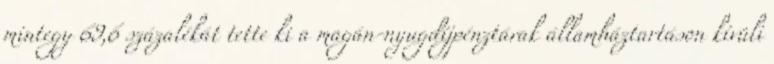
mintegy 69,6 százalékát tette ki a magán-nyugdíjpénztárak államháztartáson kívüli